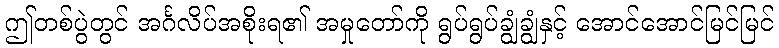
ဤတစ်ပွဲတွင် အင်္ဂလိပ်အစိုးရ၏ အမှုတော်ကို ရွပ်ရွပ်ချွံချွံနှင့် အောင်အောင်မြင်မြင်